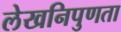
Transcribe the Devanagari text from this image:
लेखनिपुणता